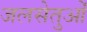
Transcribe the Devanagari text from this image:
जलसेतुओं